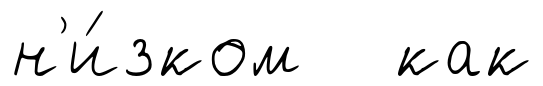
н'и́зком как